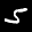
Label: 5